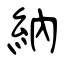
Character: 納